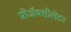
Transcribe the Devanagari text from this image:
प्रीअॅक्सीलेटर